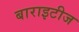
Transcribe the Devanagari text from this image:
बाराइटीज